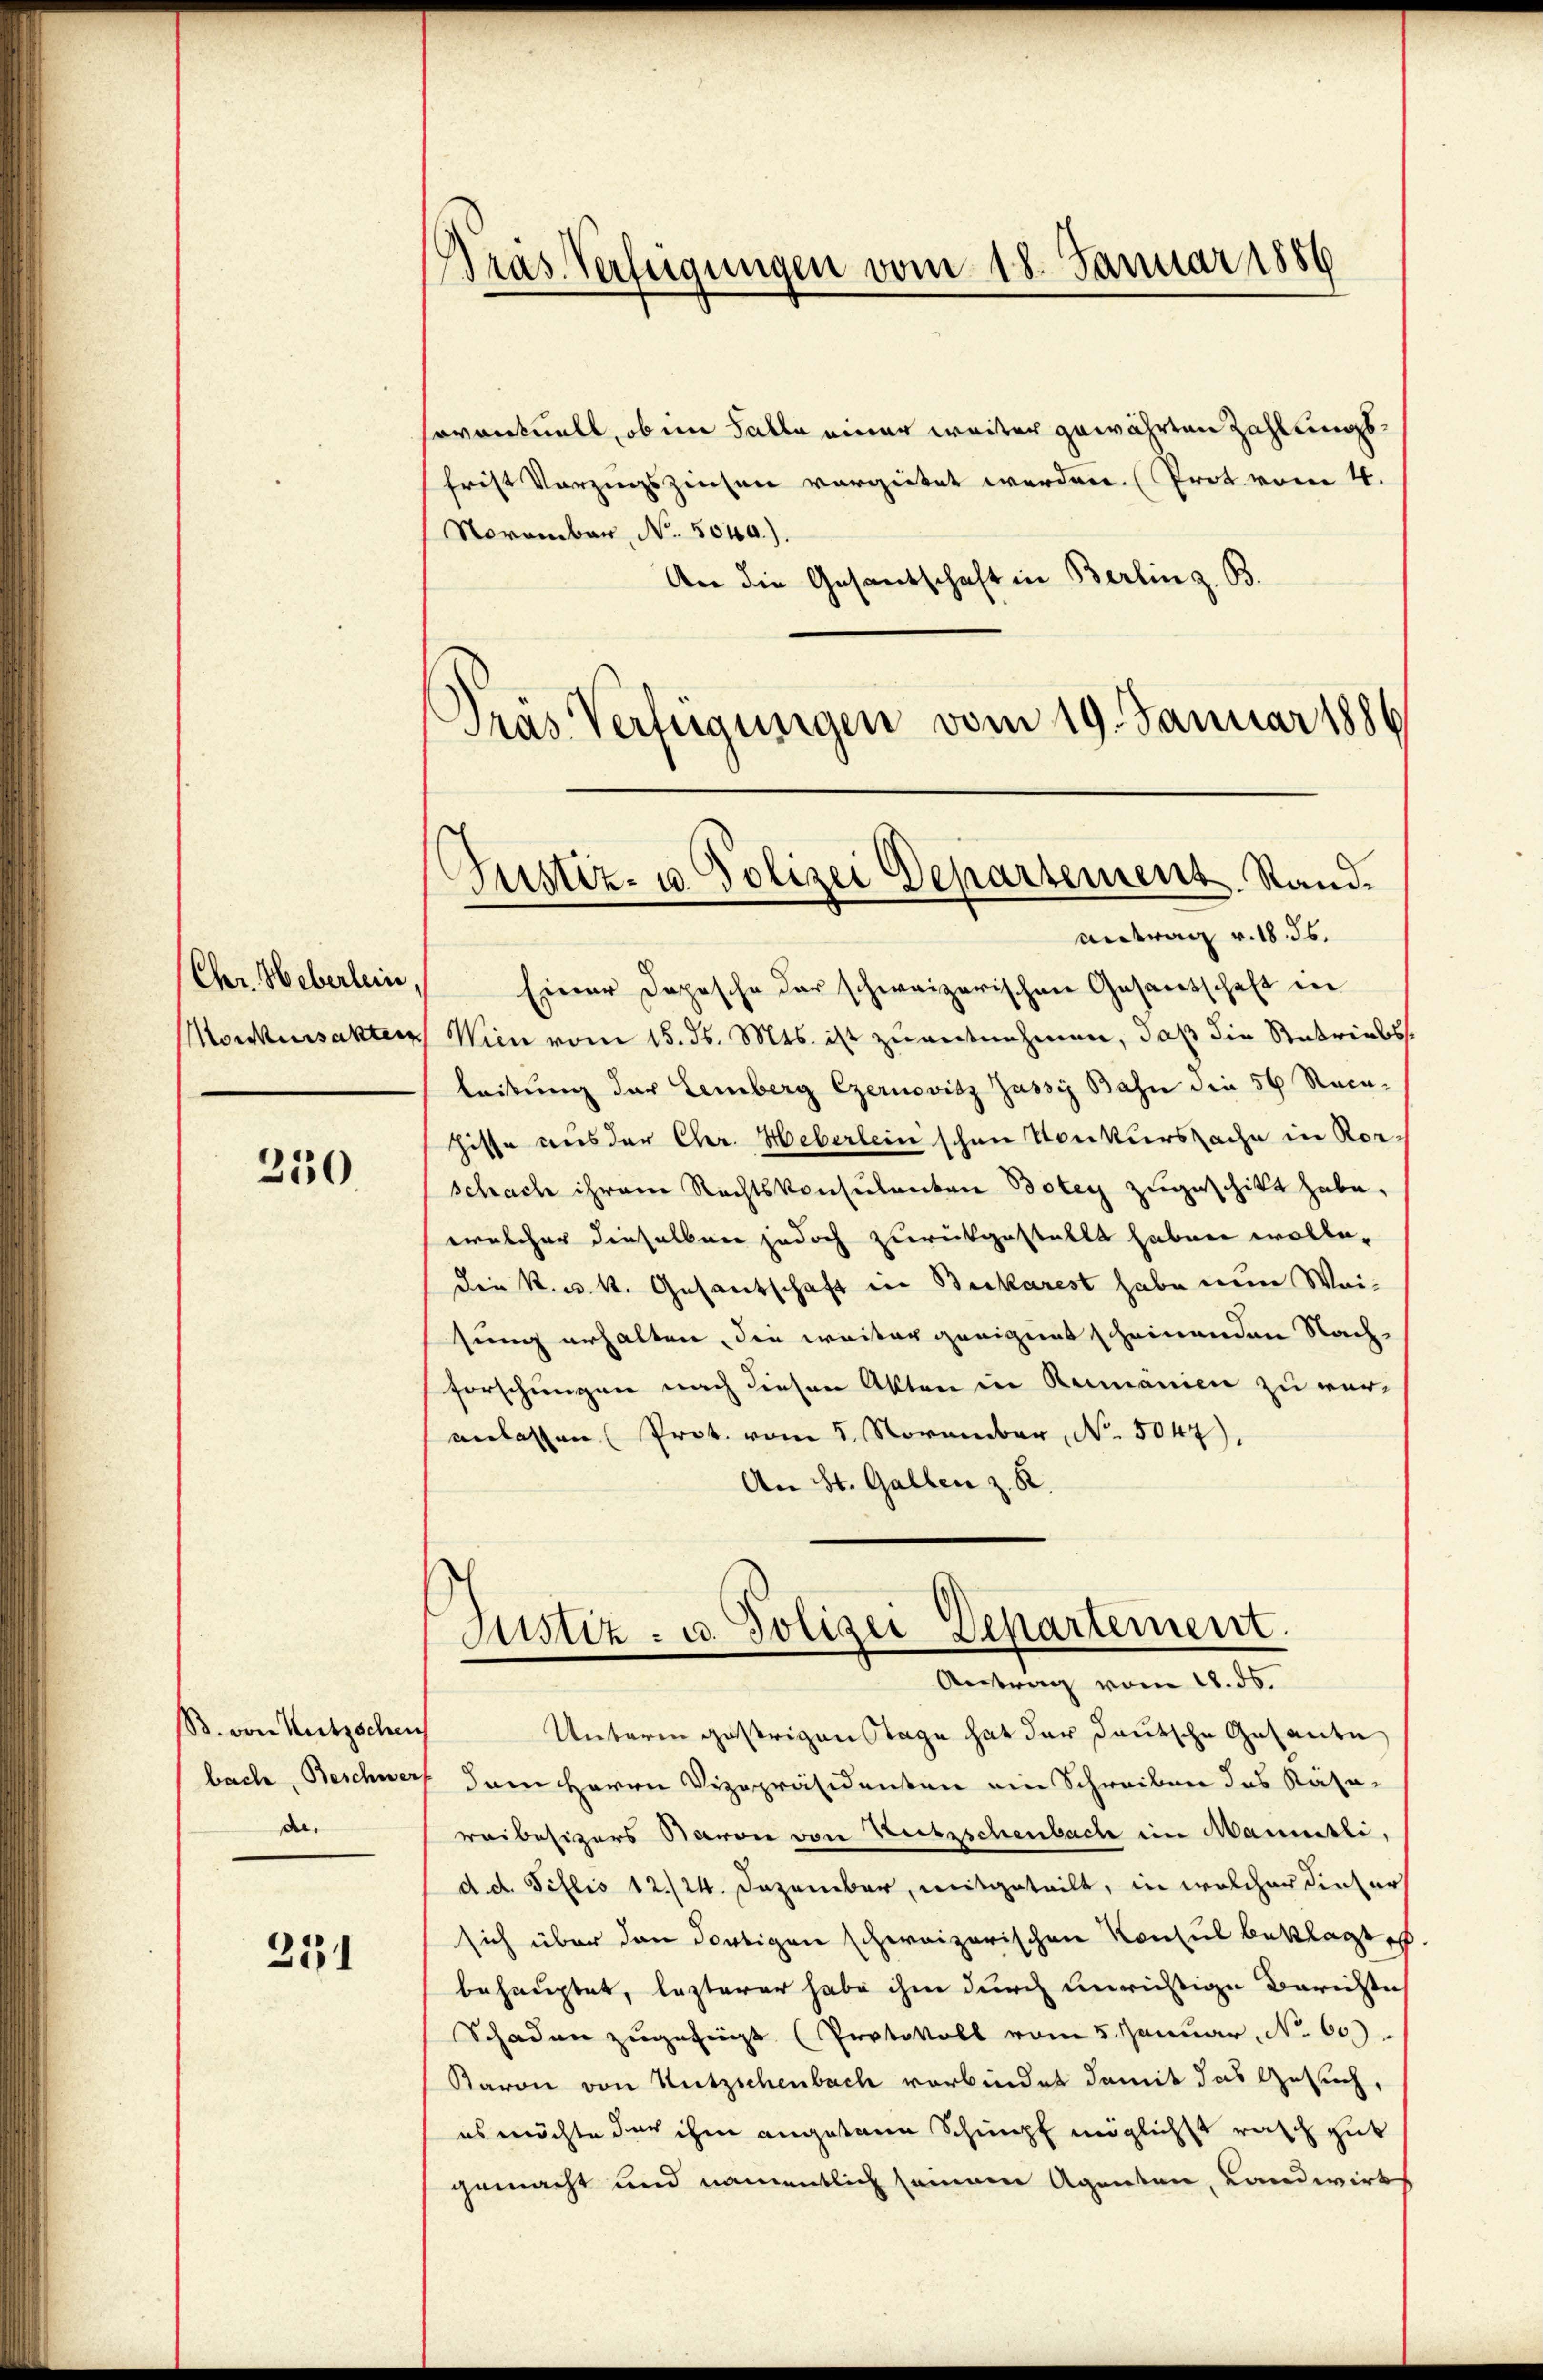
Chr. Weberlein
Monkursakten

250

B. von Nutzschei
bache, Beschwer
d

251

Bras Verfügungen vom 18. Januar 1886

eventuell, ob im Falle einer weiter gewährten Zahlungsfrist Vorzugszinsen vergütet werden. (Prot vom 4.
Noromber, No. 5040.).
An die Gesandschaft in Berlin z. B.
Präs. Verfügungen vom 19. Januar 1886

Justiz- u. Polizei Departement. Sandantrag v. 18. ds.

Einer Dopische der schweizerischen Gesandtschaft in
Wien vom 15. ds. Mts. ist zu entnehmen, daß die Retriebs
leitung der Lemberg Czernovitz Jassy Bahn die 56 Racehisse aus der Chr. Heberlein schon Konkursache in Rorschach ihrem Rechtskonsulenten Botey zugeschikt habe.
welcher dieselben jedoch zurückgestellt haben wolle.
den k. k. k. Gesantschaft in Beikarest habe nun Weisung erhalten, die weiter geeignet scheinenden Nach-
forschungen nach diesen Akten in Rumanien zu ver-
anlassen (Prot. vom 5. November, N. 5047).
An St. Gallen z. R.
Justiz- u. Polizei Departement.
Antrag vom 18. ds.
Unterm gestrigen Stage hat der deutsche Gesante,
dem Herrn Vizepräsidenten ein Schreiben des Käsareibesizers Baron von Ketzschenbach ein Mammtli,
d. d. Tillis 12./24. Dezember, mitgeteilt, in welcher dieser
sich über den dortigen schweizerischen Konsul beklagte
behauptet, lezterer habe ihm durch unrichtige Berichte
Schaden zugefügt (Protokoll vom 5. Januar, No 60)
Baron von Nutzschenbach verbindet damit das Gesuch,
es möchte der ihm angetann Schimpf möglichst rasch gut
gemacht und namentlich seinem Agenten, Landwirt